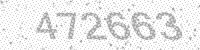
Solution: 472663